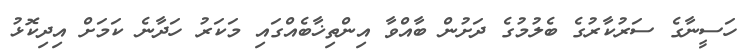
ހަސީނާގެ ސަރުކާރުގެ ބެލުމުގެ ދަށުން ބާއްވާ އިންތިޚާބެއްގައި މަކަރު ހަދާނެ ކަމަށް އިދިކޮޅު